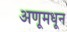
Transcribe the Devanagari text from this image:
अणूमधून